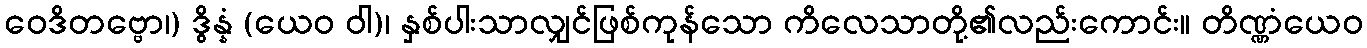
ဝေဒိတဗ္ဗော၊) ဒွိန္နံ (ယေဝ ဝါ)၊ နှစ်ပါးသာလျှင်ဖြစ်ကုန်သော ကိလေသာတို့၏လည်းကောင်း။ တိဏ္ဏံယေဝ